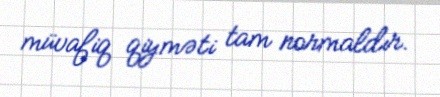
müvafiq qiyməti tam normaldır.